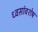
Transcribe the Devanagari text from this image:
ध्वसांवशेष